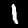
Digit: 1